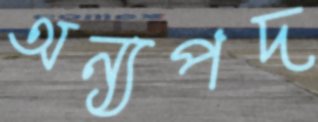
অন্যপদ